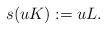
LaTeX: \begin{align*} s(uK) := uL.\end{align*}